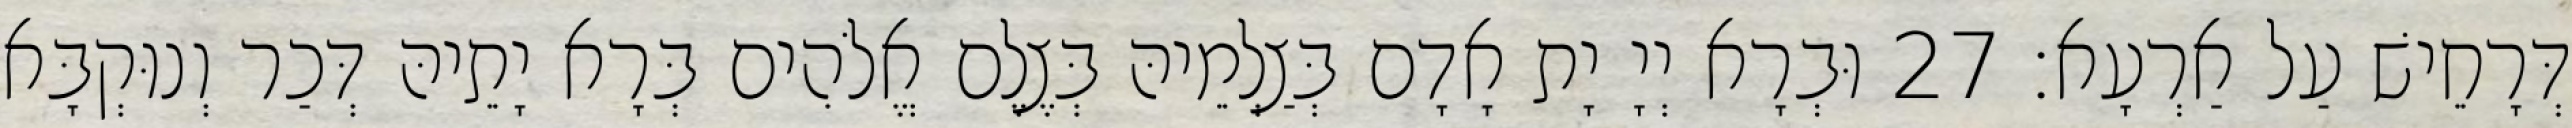
דְּרָחֵישׁ עַל אַרְעָא׃ 27 וּבְרָא יְיָ יָת אָדָם בְּצַלְמֵיהּ בְּצֶלֶם אֱלֹהִים בְּרָא יָתֵיהּ דְּכַר וְנוּקְבָּא